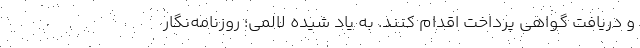
و دریافت گواهی پرداخت اقدام کنند. به یاد شیده لالمی؛ روزنامه‌نگار